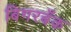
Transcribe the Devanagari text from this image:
बिगरबँक